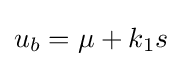
u_{b}=\mu +k_{1}s